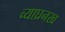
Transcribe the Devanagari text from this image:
व्याघ्रनख